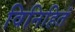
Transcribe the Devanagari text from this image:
विनिहितं